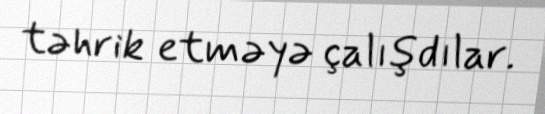
təhrik etməyə çalışdılar.